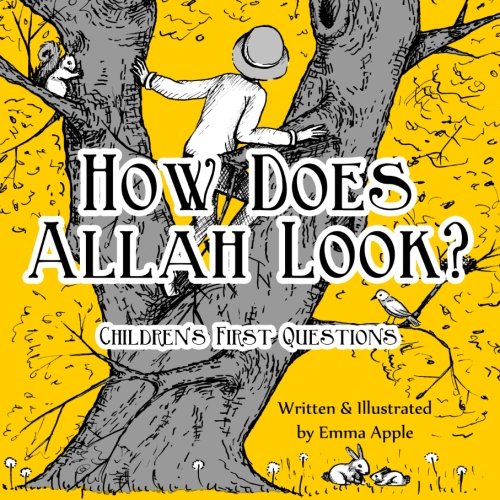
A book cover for How Does Allah Look? (Children's First Questions) (Volume 2); Emma Apple; Children's Books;